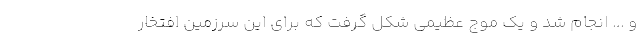
و ... انجام شد و یک موج عظیمی شکل گرفت که برای این سرزمین افتخار